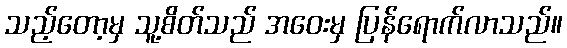
သည့်တော့မှ သူ့စိတ်သည် အဝေးမှ ပြန်ရောက်လာသည်။